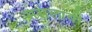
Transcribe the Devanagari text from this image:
मसलावी